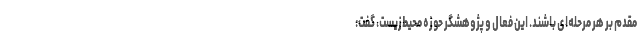
مقدم بر هر مرحله‌ای باشند. این فعال و پژوهشگر حوزه‌ محیط‌زیست، گفت: